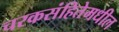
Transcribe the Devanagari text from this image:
चरकसंहितेमधील